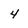
Character: 4